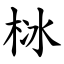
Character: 栤